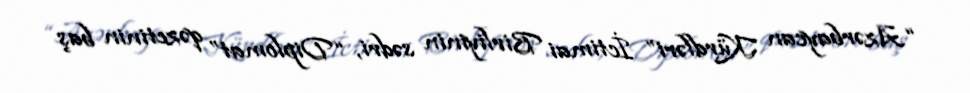
“Azərbaycan Kürdləri” İctimai Birliyinin sədri, “Diplomat” qəzetinin baş